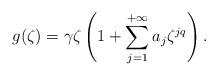
LaTeX: \begin{align*}g(\zeta)=\gamma\zeta \left(1 + \sum_{j=1}^{+\infty}a_j\zeta^{jq}\right).\end{align*}